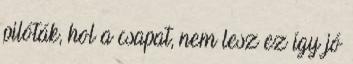
pilóták, hol a csapat, nem lesz ez így jó